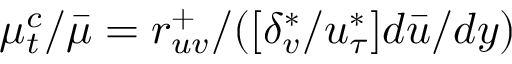
\mu _ { t } ^ { c } / \bar { \mu } = r _ { u v } ^ { + } / ( [ \delta _ { v } ^ { * } / u _ { \tau } ^ { * } ] d \bar { u } / d y )